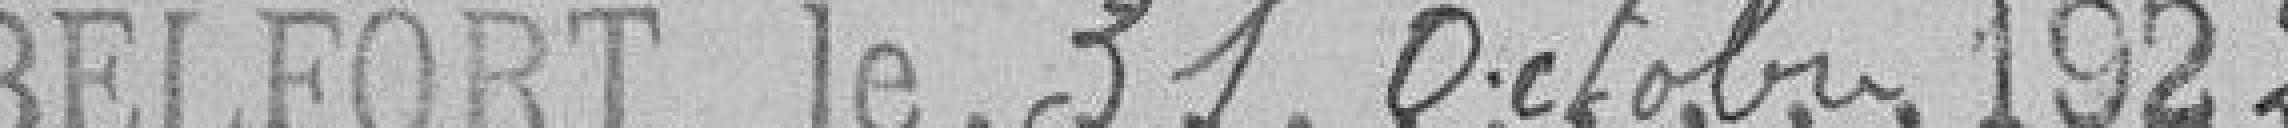
Belfort le 31 octobre 1922